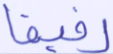
رفيقا